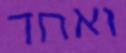
ואחד